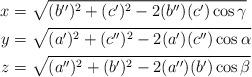
LaTeX: \begin{align*}x &= \sqrt{(b'')^2 + (c')^2 - 2(b'')(c')\cos\gamma}\\y &= \sqrt{(a')^2 + (c'')^2 - 2(a')(c'')\cos\alpha}\\z &= \sqrt{(a'')^2 + (b')^2 - 2(a'')(b')\cos\beta}\end{align*}